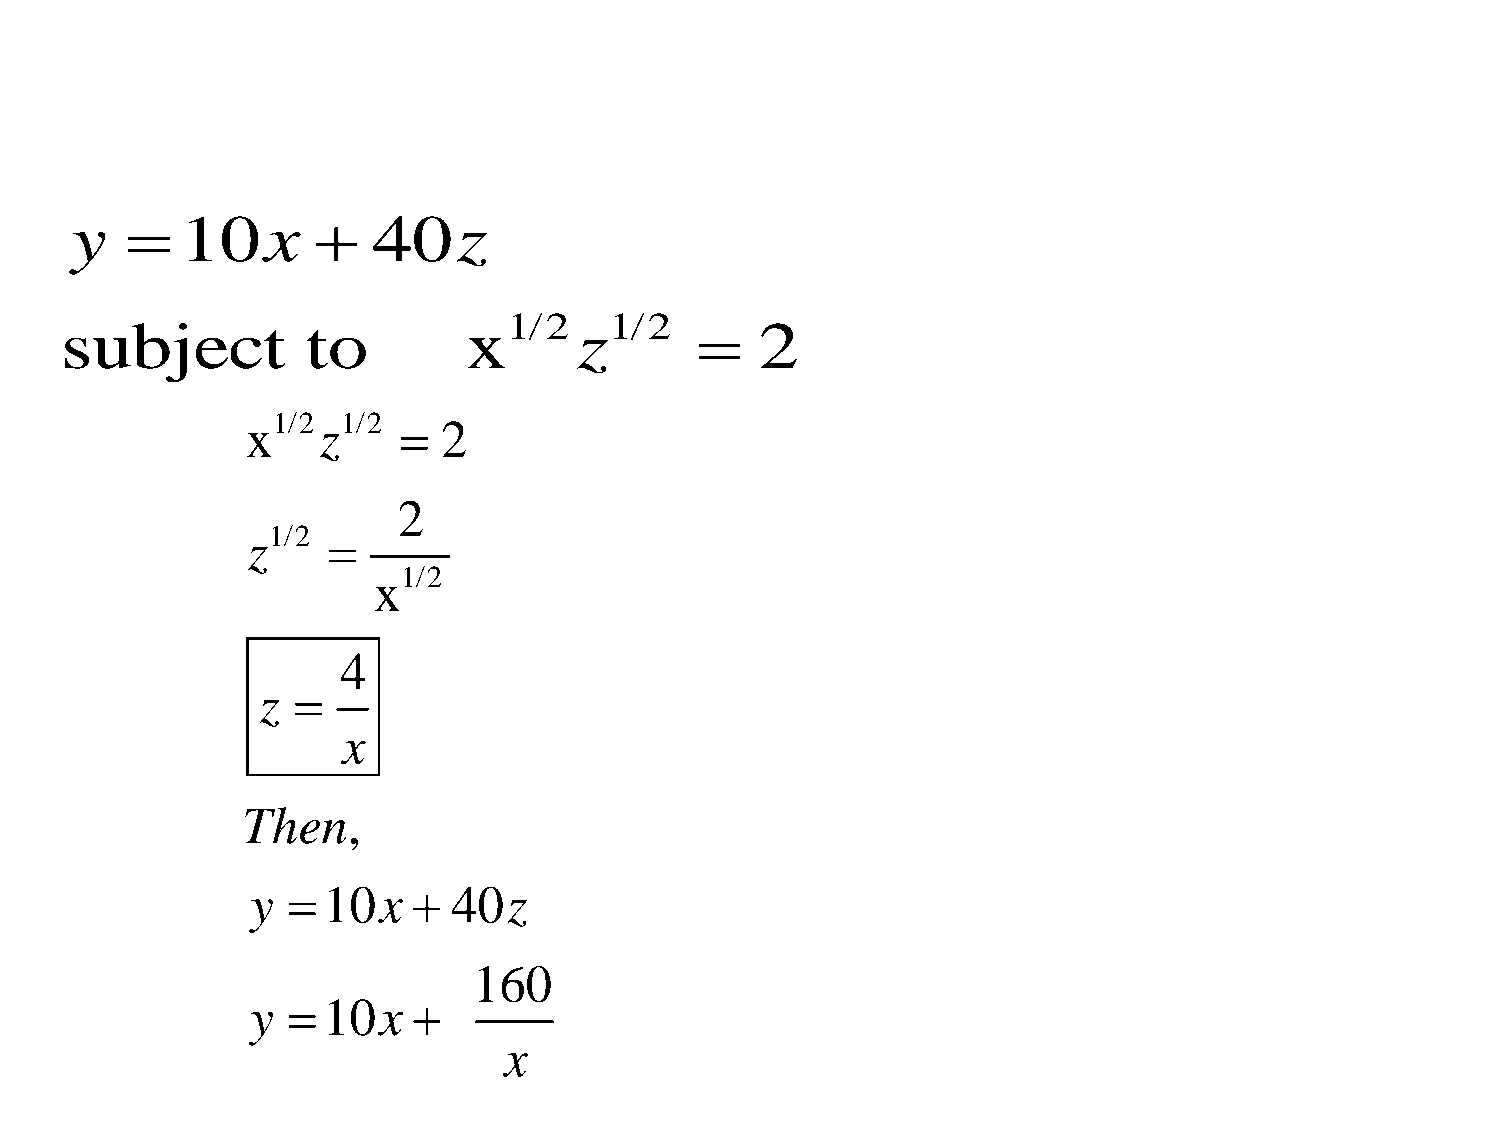
y     10x         40z
 1/2   1/2
 subject         to         x      z          2
 x1/2z1/2    2
 2
 z1/2  
 x1/2
 4
 z 
 x
 Then,
 y  10x     40z
 160
 y  10x   
 x